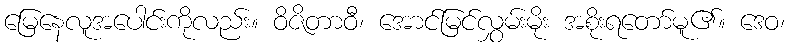
မြေနေလူအပေါင်းကိုလည်း။ ဝိဇိတာဝီ၊ အောင်မြင်လွှမ်းမိုး အစိုးရတော်မူ၏။ ဒေဝ၊